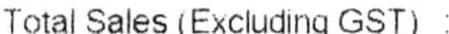
TOTAL SALES (EXCLUDING GST) :